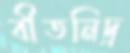
বীতনিদ্র